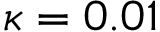
\kappa = 0 . 0 1